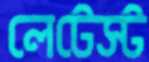
লেটেস্ট